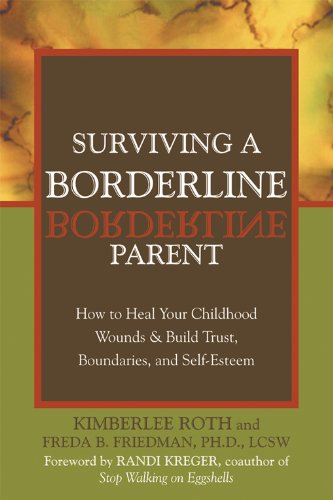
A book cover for Surviving a Borderline Parent: How to Heal Your Childhood Wounds and Build Trust, Boundaries, and Self-Esteem; Kimberlee Roth; Parenting & Relationships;